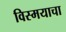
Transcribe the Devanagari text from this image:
विस्मयाचा